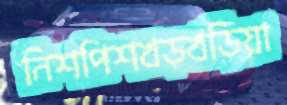
নিশপিশখড়খড়িয়া